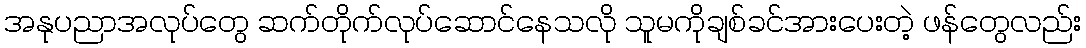
အနုပညာအလုပ်တွေ ဆက်တိုက်လုပ်ဆောင်နေသလို သူမကိုချစ်ခင်အားပေးတဲ့ ဖန်တွေလည်း